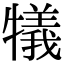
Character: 犠